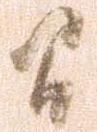
間